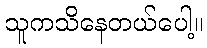
သူကသိနေတယ်ပေါ့။